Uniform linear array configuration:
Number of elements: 12
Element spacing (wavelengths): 1
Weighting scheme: hann
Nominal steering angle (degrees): -60
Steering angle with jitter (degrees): -59.061
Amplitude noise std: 0.05
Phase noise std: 0.05

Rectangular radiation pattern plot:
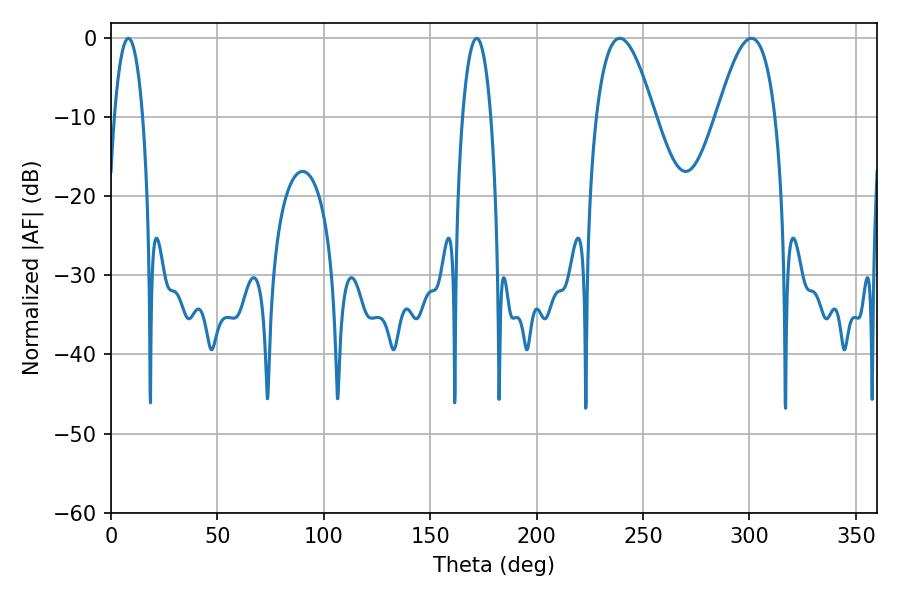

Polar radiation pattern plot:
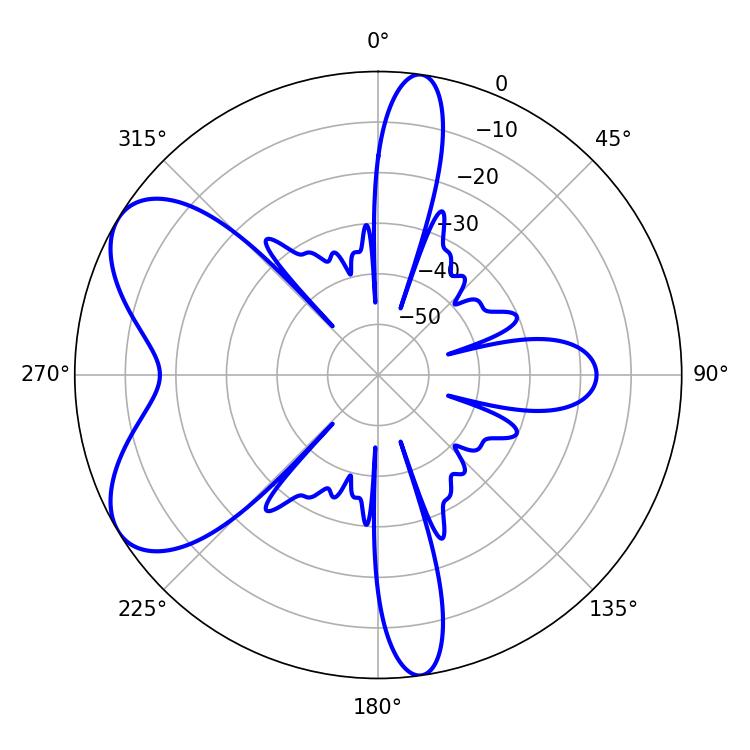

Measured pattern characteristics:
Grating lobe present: TRUE
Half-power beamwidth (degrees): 14.76
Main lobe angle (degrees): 239.04